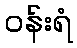
ဝန်းရံ